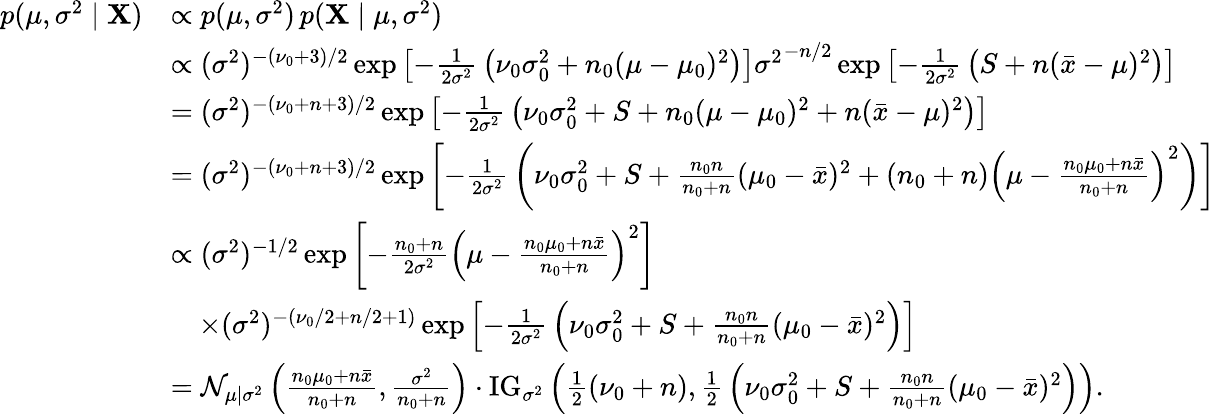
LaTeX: {\begin{array}{rl}{p(\mu,\sigma^{2}\mid\mathbf{X})}&{\propto p(\mu,\sigma^{2})\, p(\mathbf{X}\mid\mu,\sigma^{2})}\\ &{\propto(\sigma^{2})^{-(\nu_{0}+3)/2}\exp\left[-{\frac{1}{2\sigma^{2}}}\left(\nu_{0}\sigma_{0}^{2}+n_{0}(\mu-\mu_{0})^{2}\right)\right]{\sigma^{2}}^{-n/2}\exp\left[-{\frac{1}{2\sigma^{2}}}\left(S+n({\bar{x}}-\mu)^{2}\right)\right]}\\ &{=(\sigma^{2})^{-(\nu_{0}+n+3)/2}\exp\left[-{\frac{1}{2\sigma^{2}}}\left(\nu_{0}\sigma_{0}^{2}+S+n_{0}(\mu-\mu_{0})^{2}+n({\bar{x}}-\mu)^{2}\right)\right]}\\ &{=(\sigma^{2})^{-(\nu_{0}+n+3)/2}\exp\left[-{\frac{1}{2\sigma^{2}}}\left(\nu_{0}\sigma_{0}^{2}+S+{\frac{n_{0}n}{n_{0}+n}}(\mu_{0}-{\bar{x}})^{2}+(n_{0}+n)\left(\mu-{\frac{n_{0}\mu_{0}+n{\bar{x}}}{n_{0}+n}}\right)^{2}\right)\right]}\\ &{\propto(\sigma^{2})^{-1/2}\exp\left[-{\frac{n_{0}+n}{2\sigma^{2}}}\left(\mu-{\frac{n_{0}\mu_{0}+n{\bar{x}}}{n_{0}+n}}\right)^{2}\right]}\\ &{\quad\times(\sigma^{2})^{-(\nu_{0}/2+n/2+1)}\exp\left[-{\frac{1}{2\sigma^{2}}}\left(\nu_{0}\sigma_{0}^{2}+S+{\frac{n_{0}n}{n_{0}+n}}(\mu_{0}-{\bar{x}})^{2}\right)\right]}\\ &{={\mathcal{N}}_{\mu\mid\sigma^{2}}\left({\frac{n_{0}\mu_{0}+n{\bar{x}}}{n_{0}+n}},{\frac{\sigma^{2}}{n_{0}+n}}\right)\cdot\mathrm{{IG}}_{\sigma^{2}}\left({\frac{1}{2}}(\nu_{0}+n),{\frac{1}{2}}\left(\nu_{0}\sigma_{0}^{2}+S+{\frac{n_{0}n}{n_{0}+n}}(\mu_{0}-{\bar{x}})^{2}\right)\right).}\end{array}}